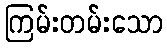
ကြမ်းတမ်းသော